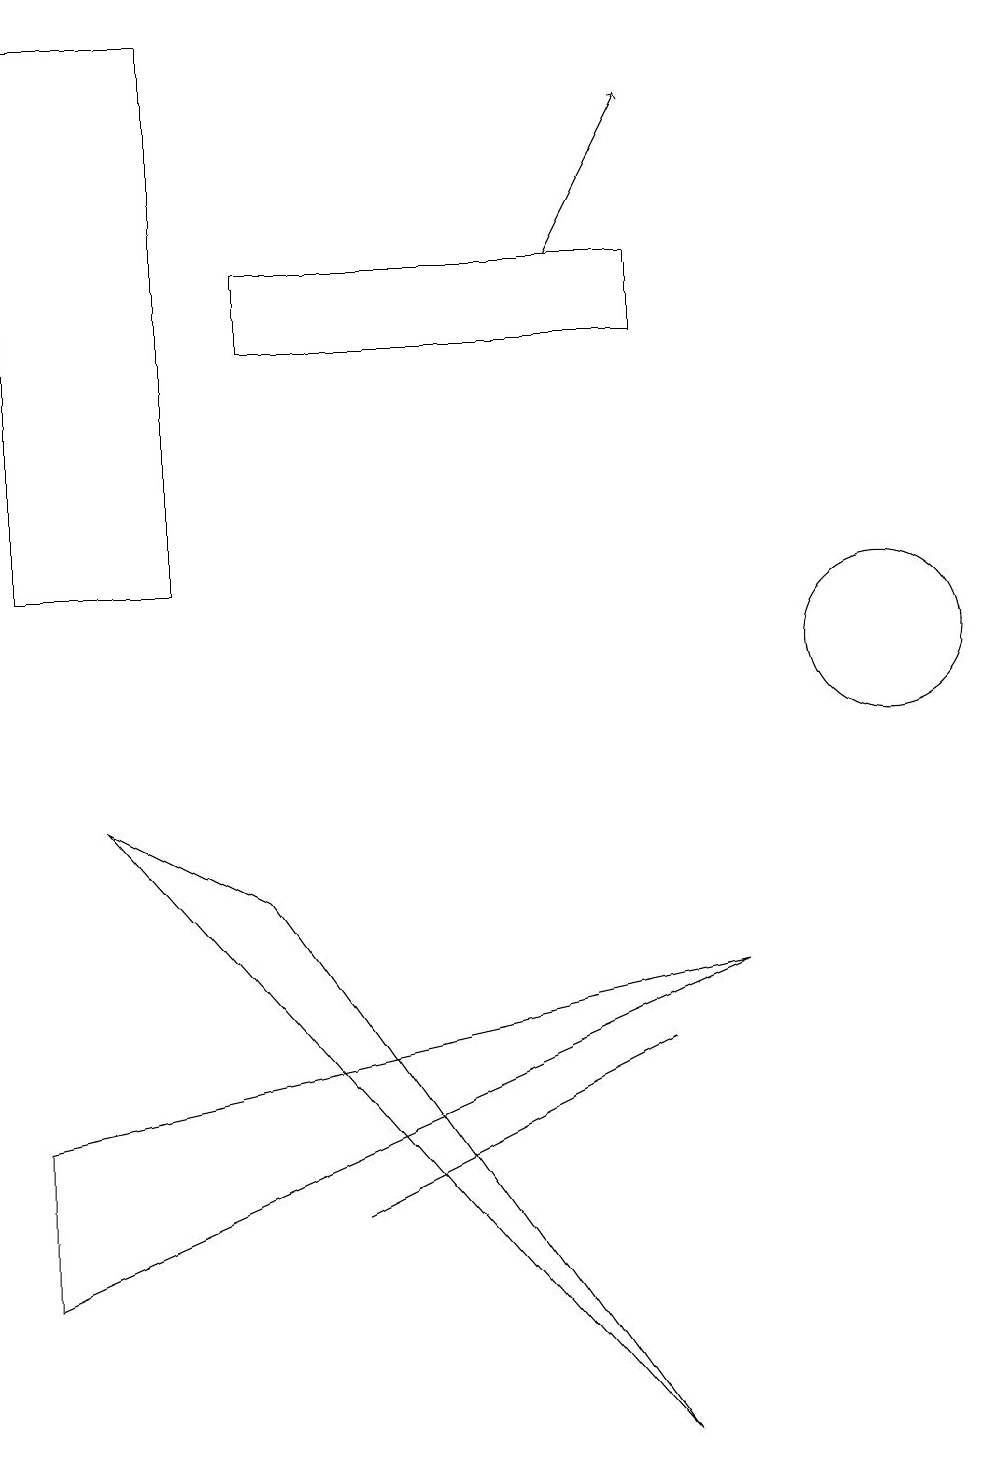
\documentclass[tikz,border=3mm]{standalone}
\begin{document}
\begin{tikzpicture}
\draw (0,4) -- (9,6) -- (0,2) -- cycle;
\draw (11,10) circle (1);
\draw (3,15) rectangle (8,14);
\draw (8,0) -- (3,7) -- (1,8) -- cycle;
\draw (8,5) -- (6,4) -- (4,3) -- cycle;
\draw (0,11) rectangle (2,18);
\draw[->] (7,15) -- (8,17);
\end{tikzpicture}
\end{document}